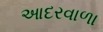
આદરવાળા